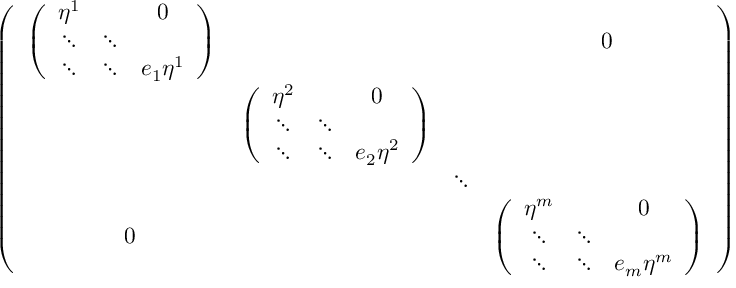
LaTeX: \left( \begin{array} { c c c c } { { { \left( \begin{array} { c c c } { { \eta ^ { 1 } } } & { { } } & { { 0 } } \\ { { \ddots } } & { { \ddots } } \\ { { \ddots } } & { { \ddots } } & { { e _ { 1 } \eta ^ { 1 } } } \end{array} \right) } } } & { { } } & { { } } & { { \mathrm { \Huge ~ 0 } } } \\ { { } } & { { { \left( \begin{array} { c c c } { { \eta ^ { 2 } } } & { { } } & { { 0 } } \\ { { \ddots } } & { { \ddots } } \\ { { \ddots } } & { { \ddots } } & { { e _ { 2 } \eta ^ { 2 } } } \end{array} \right) } } } \\ { { } } & { { } } & { { \ddots } } \\ { { \mathrm { \Huge ~ 0 } } } & { { } } & { { } } & { { { \left( \begin{array} { c c c c } { { \eta ^ { m } } } & { { } } & { { 0 } } \\ { { \ddots } } & { { \ddots } } \\ { { \ddots } } & { { \ddots } } & { { e _ { m } \eta ^ { m } } } \end{array} \right) } } } \end{array} \right)